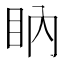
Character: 𥄋